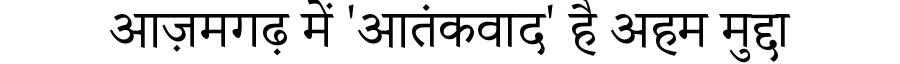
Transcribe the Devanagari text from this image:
आज़मगढ़ में 'आतंकवाद' है अहम मुद्दा